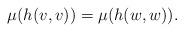
LaTeX: \begin{align*}\mu(h(v,v))=\mu(h(w,w)).\end{align*}